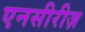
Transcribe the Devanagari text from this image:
एनसीरीज़